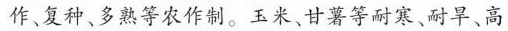
作、复种、多熟等农作制。玉米、甘薯等耐寒、耐旱、高